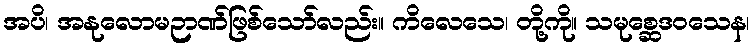
အပိ၊ အနုလောမဉာဏ်ဖြစ်သော်လည်း။ ကိလေသေ၊ တို့ကို။ သမုစ္ဆေဒဝသေန၊